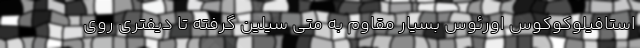
استافیلوکوکوس اورئوس بسیار مقاوم به متی سیلین گرفته تا دیفتری روی